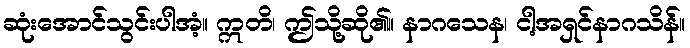
ဆုံးအောင်သွင်းပါအံ့။ ဣတိ၊ ဤသို့ဆို၏။ နာဂသေန၊ ငါ့အရှင်နာဂသိန်။